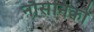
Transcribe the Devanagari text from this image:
नौसेनिको